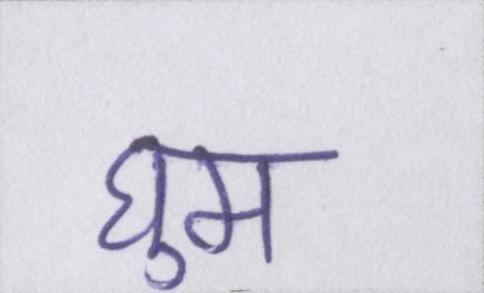
घुम